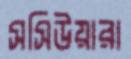
সসিউয়ারা